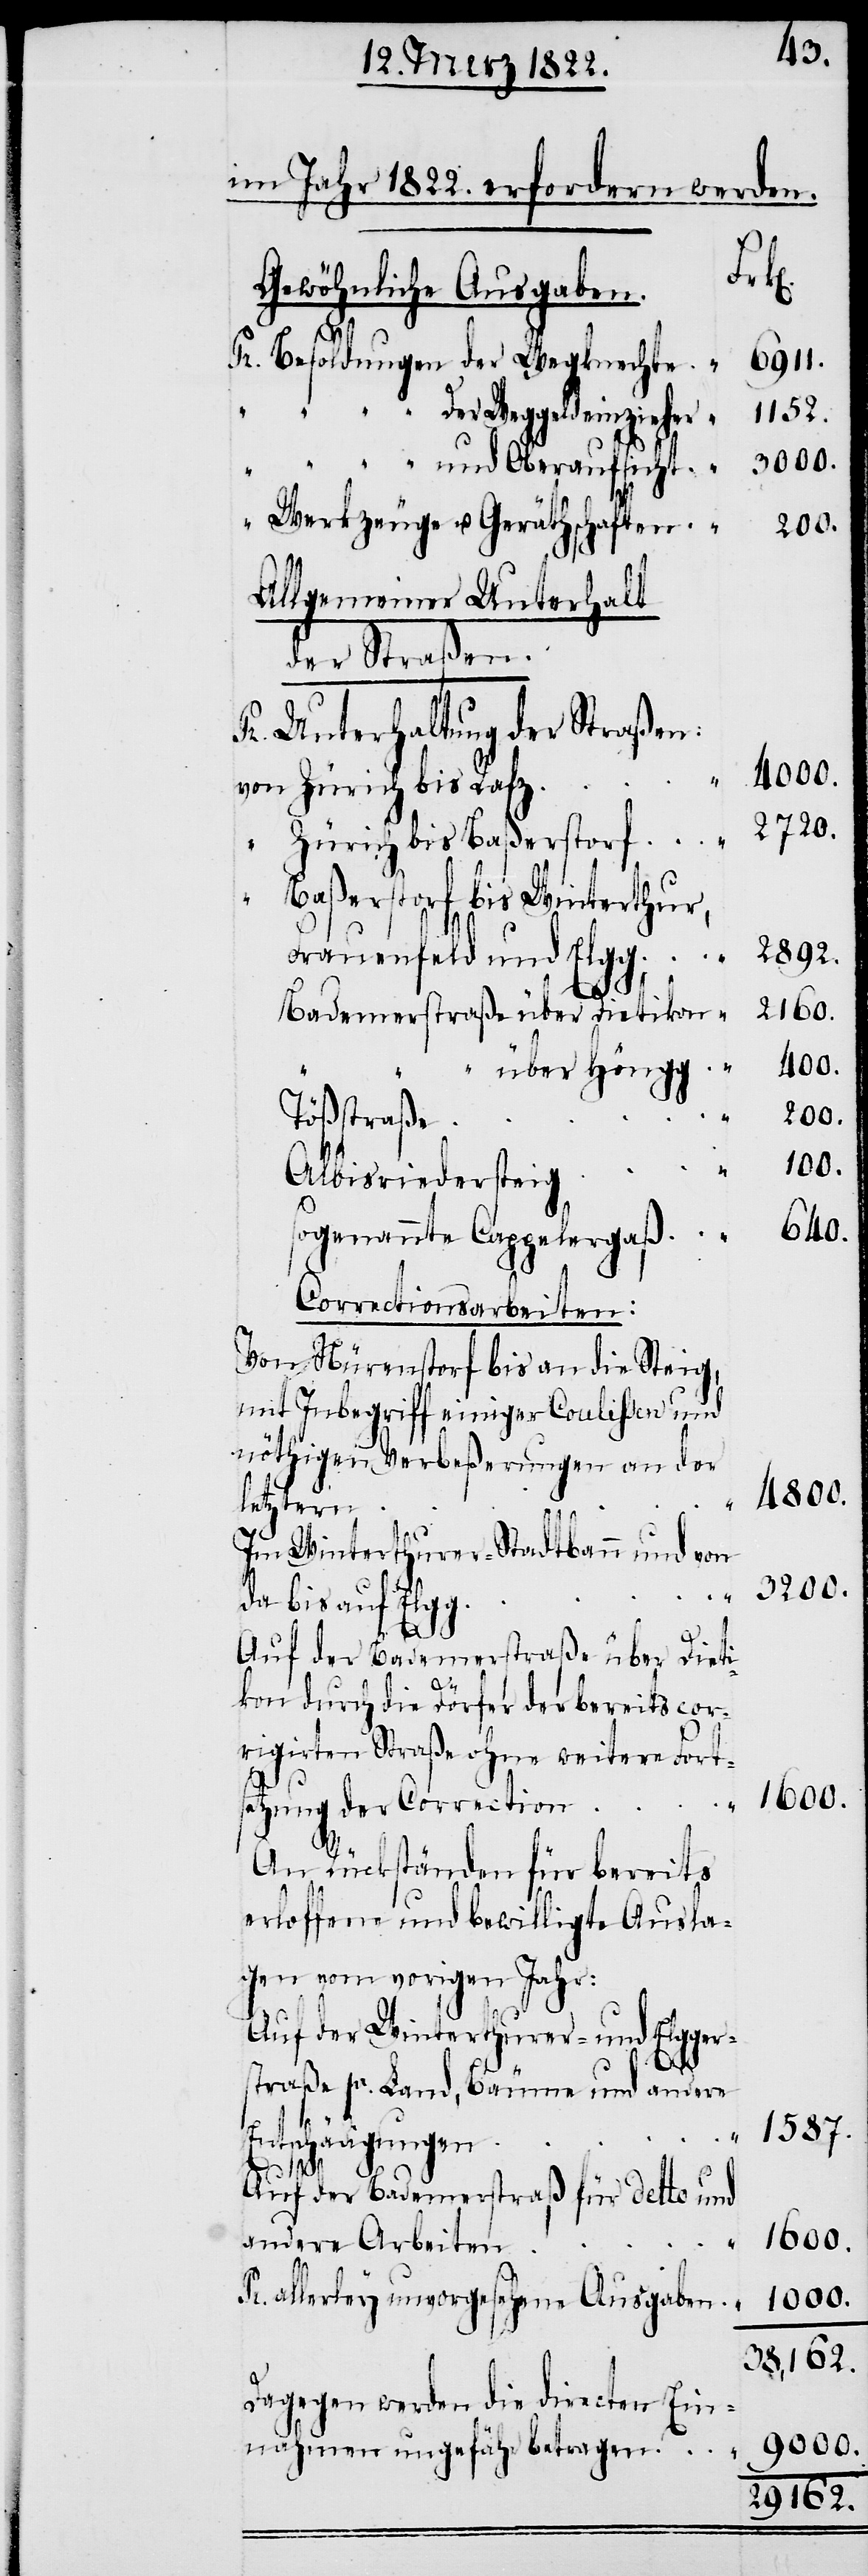
im Jahr 1822. erfordern werden.
Gewöhnliche Ausgaben.
Pr. Besoldungen der Wegknechte
6911.
1152.
“ der Weggeldeinzieher
“ Werkzeuge u. Geräthschaften
Allgemeiner Unterhalt
der Straßen.
Pr. Unterhaltung der Straßen
von Zürich nach Rafz
“ Baßerstorf bis Winterthur,
2892.
Frauenfeld und Elgg
2160.
Badenerstraße über Dietikon
4800.
“ über Höngg
200.
Tößstraße
100.
Albisriederweg
640.
sogenannte Cappelergaß
Correctionsarbeiten:
Von Nürenstorf bis an die Steig,
mit Inbegriff einiger Coulissen und
nöthigen Verbeßerungen an der
letztern
und
Im Winterthurer-Stadtbann und von
3200.
da bis auf Elgg.
2720.
Auf der Badenerstraße über Dieti¬
kon durch die Dörfer der bereits cor¬
rigirten Straße ohne weitere Fort¬
1600.
setzung der Correction
An Rückständen für bereits
erloffene und bewilligte Ausla¬
gen vom vorigen Jahr:
Auf der Winterthurer- und Elgger¬
straße pr. Land, Bäume und andere
1587.
Entschädigungen
Auf der Badenerstraß für detto und
andere Arbeiten
Pr. allerley unvorgesehene Ausgaben
1000.
38,162.
Dagegen werden die directen Ein¬
9000.
nahmen ungefähr betragen
29162.